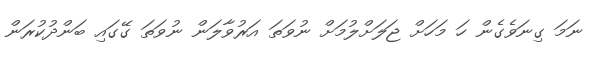
ނަމަ ގިނަވެގެން ހަ މަހަށް ޖަލަށްލުމަށް ނުވަތަ އަރުވާލަން ނުވަތަ ގޭގައި ބަންދުކުރަން